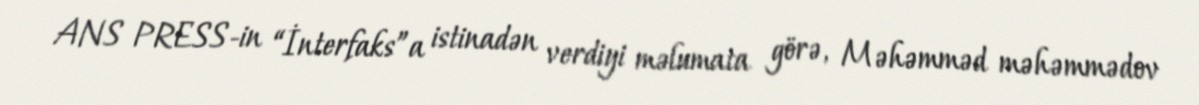
ANS PRESS-in “İnterfaks”a istinadən verdiyi məlumata görə, Məhəmməd məhəmmədov